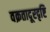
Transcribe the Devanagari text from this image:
वक्रतादूरदृष्टि